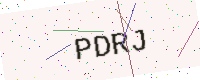
Text: PDRJ